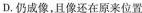
D.仍成像，且像还在原来位置